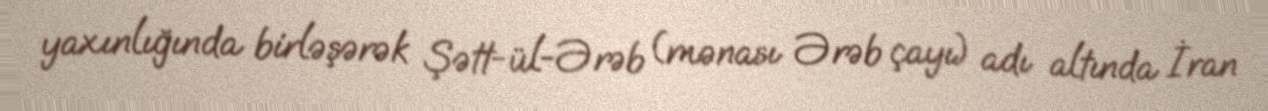
yaxınlığında birləşərək Şətt-ül-Ərəb (mənası Ərəb çayı) adı altında İran